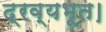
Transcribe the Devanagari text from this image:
द्रव्यभूत।